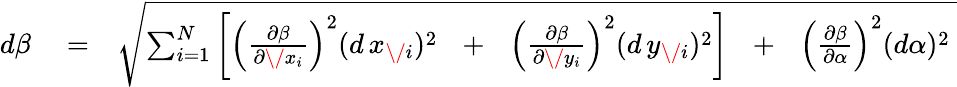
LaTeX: \begin{array}{rlr}{d\beta}&{{}=}&{\sqrt{\sum_{i=1}^{N}\left[\left({\frac{\partial\beta}{\partial\/ x_{i}}}\right)^{2}(d\, x_{\mathit\/ i})^{2}\mathrm{~\, ~+~\, ~}\left({\frac{\partial\beta}{\partial\/ y_{i}}}\right)^{2}(d\, y_{\mathit\/ i})^{2}\right]\mathrm{~\, ~+~\, ~}\left({\frac{\partial\beta}{\partial\alpha}}\right)^{2}(d\alpha)^{2}\ }}\end{array}